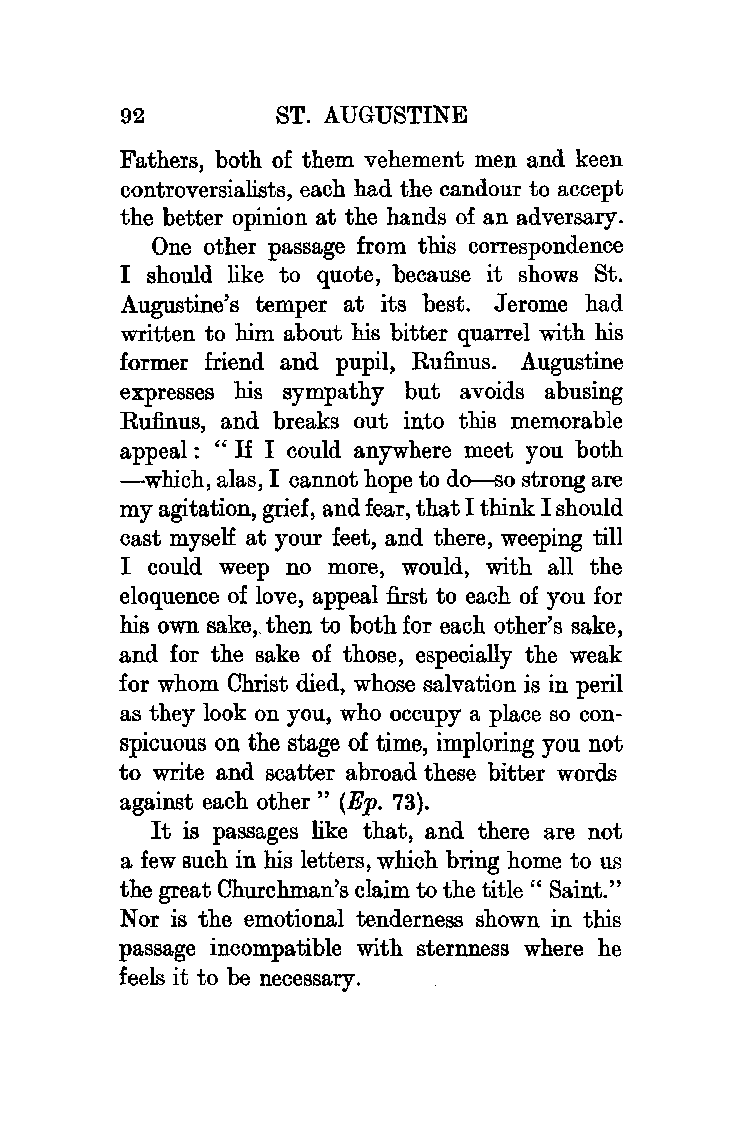
92        ST. AUGUSTINE
 Fathers, both of them vehement men and keen
 controversialists, each had the candour to accept
 the better opinion at the hands of an adversary.
 One other passage from this correspondence
 I should like to quote, because it shows St.
 Augustine's temper at its best. Jerome had
 written to him about his bitter quarrel with his
 former friend and pupil, Rufinus. Augustine
 expresses his sympathy but avoids abusing
 Rufinus, and breaks out into this memorable
 appeal : " If I could anywhere meet you both
 -which, alas, I cannot hope to do-so strong are
 my agitation, grief, and fear, that I think I should
 cast myself at your feet, and there, weeping till
 I could weep no more, would, with all the
 eloquence of love, appeal first to each of you for
 his own sake,. then to both for each other's sake,
 and for the sake of those, especially the weak
 for whom Christ died, whose salvation is in peril
 as they look on you, who occupy a place so con
 spicuous on the stage of time, imploring you not
 to write and scatter abroad these bitter words
 against each other " (Ep. 73).
 It is passages like that, and there are not
 a few such in his letters, which bring home to us
 the great Churchman's claim to the title" Saint."
 Nor is the emotional tenderness shown in this
 passage incompatible with sternness where he
 feels it to be necessary.